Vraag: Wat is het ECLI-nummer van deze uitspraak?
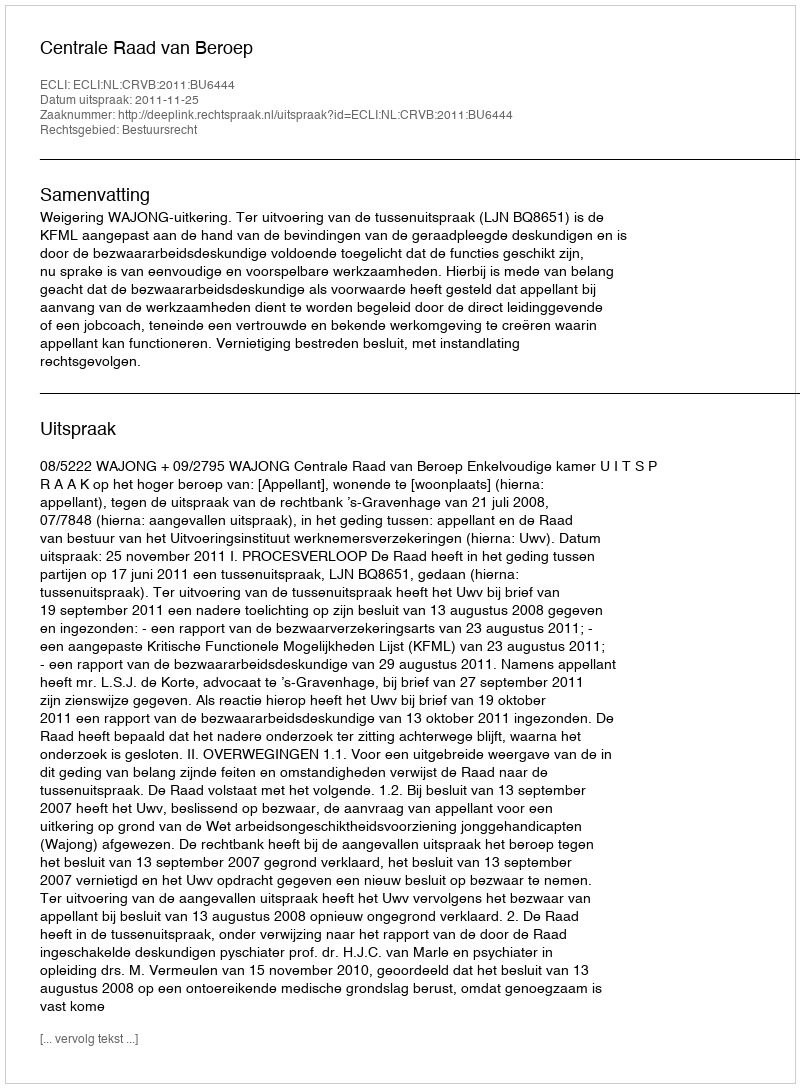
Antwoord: ECLI:NL:CRVB:2011:BU6444